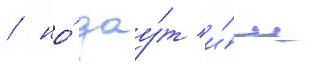
/ но́ дау́т и́м